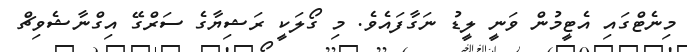
މިނެޓްގައި އެޓީމުން ވަނީ ލީޑު ނަގާފައެވެ. މި ގޯލަކީ ރަޝިޔާގެ ސަރްގޭ އިގްނާޝެވިޗް